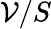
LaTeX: \mathcal{V}/S